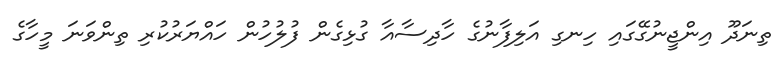
ތިނަދޫ އިންޖީނުގޭގައި ހިނގި އަލިފާނުގެ ހާދިސާއާ ގުޅިގެން ފުލުހުން ހައްޔަރުކުރި ތިންވަނަ މީހާގެ